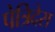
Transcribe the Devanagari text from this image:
पेत्रिदेस